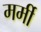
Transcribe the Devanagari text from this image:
मर्मी